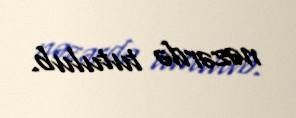
nəzərdə tutulub.